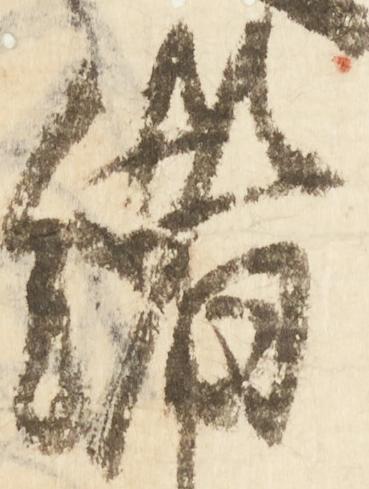
緒